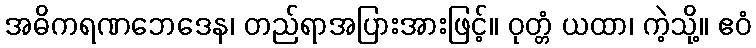
အဓိကရဏဘေဒေန၊ တည်ရာအပြားအားဖြင့်။ ဝုတ္တံ ယထာ၊ ကဲ့သို့။ ဧဝံ